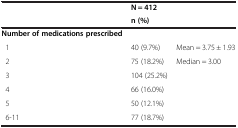
|  | N = 412 |  |
 |  | n (%) |  |
 | --- | --- | --- |
 | Number of medications prescribed |  |  |
 | 1 | 40 (9.7%) | Mean = 3.75 ± 1.93 |
 | 2 | 75 (18.2%) | Median = 3.00 |
 | 3 | 104 (25.2%) |  |
 | 4 | 66 (16.0%) |  |
 | 5 | 50 (12.1%) |  |
 | 6-11 | 77 (18.7%) |  |